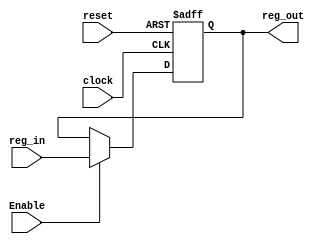
module register_reset (reg_in, reg_out, reset, clock, Enable);

input [31:0] reg_in;
input reset, clock, Enable;
output reg [31:0] reg_out;


parameter DV = 0;

always@(negedge clock, negedge reset)
begin
		if (!reset)
			reg_out <= DV;
			
		else if(Enable)
			reg_out <= reg_in;
		
end
endmodule

module regfile (clock, reset, RegWrite, ReadReg1, ReadReg2, WriteReg, WriteData, ReadData1, ReadData2);

input clock, reset, RegWrite;
input [4:0] ReadReg1, ReadReg2, WriteReg;
input [31:0] WriteData;
output reg [31:0] ReadData1, ReadData2;
wire [31:0] Register_out[31:0];
reg [31:0] decoder_out;
wire [31:0] load;

register_reset #(.DV(0))  R0 (.reset(reset), .reg_in(WriteData), .clock(clock), .Enable(load[0]), .reg_out(Register_out[0]));
register_reset #(.DV(6))  R1 (.reset(reset), .reg_in(WriteData), .clock(clock), .Enable(load[1]), .reg_out(Register_out[1]));
register_reset #(.DV(7))  R2 (.reset(reset), .reg_in(WriteData), .clock(clock), .Enable(load[2]), .reg_out(Register_out[2]));
register_reset #(.DV(8))  R3 (.reset(reset), .reg_in(WriteData), .clock(clock), .Enable(load[3]), .reg_out(Register_out[3]));
register_reset #(.DV(9))  R4 (.reset(reset), .reg_in(WriteData), .clock(clock), .Enable(load[4]), .reg_out(Register_out[4]));
register_reset #(.DV(10))  R5 (.reset(reset), .reg_in(WriteData), .clock(clock), .Enable(load[5]), .reg_out(Register_out[5]));
register_reset #(.DV(11))  R6 (.reset(reset), .reg_in(WriteData), .clock(clock), .Enable(load[6]), .reg_out(Register_out[6]));
register_reset #(.DV(12))  R7 (.reset(reset), .reg_in(WriteData), .clock(clock), .Enable(load[7]), .reg_out(Register_out[7]));
register_reset #(.DV(13))  R8 (.reset(reset), .reg_in(WriteData), .clock(clock), .Enable(load[8]), .reg_out(Register_out[8]));
register_reset #(.DV(14))  R9 (.reset(reset), .reg_in(WriteData), .clock(clock), .Enable(load[9]), .reg_out(Register_out[9]));
register_reset #(.DV(15)) R10(.reset(reset), .reg_in(WriteData), .clock(clock), .Enable(load[10]),.reg_out(Register_out[10]));
register_reset #(.DV(16)) R11(.reset(reset), .reg_in(WriteData), .clock(clock), .Enable(load[11]),.reg_out(Register_out[11]));
register_reset #(.DV(17)) R12(.reset(reset), .reg_in(WriteData), .clock(clock), .Enable(load[12]),.reg_out(Register_out[12]));
register_reset #(.DV(18)) R13(.reset(reset), .reg_in(WriteData), .clock(clock), .Enable(load[13]),.reg_out(Register_out[13]));
register_reset #(.DV(19)) R14(.reset(reset), .reg_in(WriteData), .clock(clock), .Enable(load[14]),.reg_out(Register_out[14]));
register_reset #(.DV(20)) R15(.reset(reset), .reg_in(WriteData), .clock(clock), .Enable(load[15]),.reg_out(Register_out[15]));
register_reset #(.DV(21)) R16(.reset(reset), .reg_in(WriteData), .clock(clock), .Enable(load[16]),.reg_out(Register_out[16]));
register_reset #(.DV(22)) R17(.reset(reset), .reg_in(WriteData), .clock(clock), .Enable(load[17]),.reg_out(Register_out[17]));
register_reset #(.DV(23)) R18(.reset(reset), .reg_in(WriteData), .clock(clock), .Enable(load[18]),.reg_out(Register_out[18]));
register_reset #(.DV(24)) R19(.reset(reset), .reg_in(WriteData), .clock(clock), .Enable(load[19]),.reg_out(Register_out[19]));
register_reset #(.DV(25)) R20(.reset(reset), .reg_in(WriteData), .clock(clock), .Enable(load[20]),.reg_out(Register_out[20]));
register_reset #(.DV(26)) R21(.reset(reset), .reg_in(WriteData), .clock(clock), .Enable(load[21]),.reg_out(Register_out[21]));
register_reset #(.DV(27)) R22(.reset(reset), .reg_in(WriteData), .clock(clock), .Enable(load[22]),.reg_out(Register_out[22]));
register_reset #(.DV(28)) R23(.reset(reset), .reg_in(WriteData), .clock(clock), .Enable(load[23]),.reg_out(Register_out[23]));
register_reset #(.DV(29)) R24(.reset(reset), .reg_in(WriteData), .clock(clock), .Enable(load[24]),.reg_out(Register_out[24]));
register_reset #(.DV(30)) R25(.reset(reset), .reg_in(WriteData), .clock(clock), .Enable(load[25]),.reg_out(Register_out[25]));
register_reset #(.DV(31)) R26(.reset(reset), .reg_in(WriteData), .clock(clock), .Enable(load[26]),.reg_out(Register_out[26]));
register_reset #(.DV(32)) R27(.reset(reset), .reg_in(WriteData), .clock(clock), .Enable(load[27]),.reg_out(Register_out[27]));
register_reset #(.DV(33)) R28(.reset(reset), .reg_in(WriteData), .clock(clock), .Enable(load[28]),.reg_out(Register_out[28]));
register_reset #(.DV(34)) R29(.reset(reset), .reg_in(WriteData), .clock(clock), .Enable(load[29]),.reg_out(Register_out[29]));
register_reset #(.DV(35)) R30(.reset(reset), .reg_in(WriteData), .clock(clock), .Enable(load[30]),.reg_out(Register_out[30]));
register_reset #(.DV(36)) R31(.reset(reset), .reg_in(WriteData), .clock(clock), .Enable(load[31]),.reg_out(Register_out[31]));

always @*
begin
			case (WriteReg)
					  5'h0  : decoder_out = 32'h0000_0001;
					  5'h1  : decoder_out = 32'h0000_0002;
					  5'h2  : decoder_out = 32'h0000_0004;
					  5'h3  : decoder_out = 32'h0000_0008;
					  5'h4  : decoder_out = 32'h0000_0010;
					  5'h5  : decoder_out = 32'h0000_0020;
					  5'h6  : decoder_out = 32'h0000_0040;
					  5'h7  : decoder_out = 32'h0000_0080;
					  5'h8  : decoder_out = 32'h0000_0100;
					  5'h9  : decoder_out = 32'h0000_0200;
					  5'hA  : decoder_out = 32'h0000_0400;
					  5'hB  : decoder_out = 32'h0000_0800;
					  5'hC  : decoder_out = 32'h0000_1000;
					  5'hD  : decoder_out = 32'h0000_2000;
					  5'hE  : decoder_out = 32'h0000_4000;
					  5'hF  : decoder_out = 32'h0000_8000;
					  5'h10 : decoder_out = 32'h0001_0000;
					  5'h11 : decoder_out = 32'h0002_0000;
					  5'h12 : decoder_out = 32'h0004_0000;
					  5'h13 : decoder_out = 32'h0008_0000;
					  5'h14 : decoder_out = 32'h0010_0000;
					  5'h15 : decoder_out = 32'h0020_0000;
					  5'h16 : decoder_out = 32'h0040_0000;
					  5'h17 : decoder_out = 32'h0080_0000;
					  5'h18 : decoder_out = 32'h0100_0000;
					  5'h19 : decoder_out = 32'h0200_0000;
					  5'h1A : decoder_out = 32'h0400_0000;
					  5'h1B : decoder_out = 32'h0800_0000;
					  5'h1C : decoder_out = 32'h1000_0000;
					  5'h1D : decoder_out = 32'h2000_0000;
					  5'h1E : decoder_out = 32'h4000_0000;
					  5'h1F : decoder_out = 32'h8000_0000;
			  endcase
	
end

genvar a;
generate
	for (a=0; a<=31; a=a+1)
	begin
		and(load[a], RegWrite, decoder_out[a]);
	end
endgenerate

always @*
begin

case (ReadReg1)
		5'b00000 : ReadData1 = Register_out[0];  
		5'b00001 : ReadData1 = Register_out[1];
		5'b00010 : ReadData1 = Register_out[2];
		5'b00011 : ReadData1 = Register_out[3];
		5'b00100 : ReadData1 = Register_out[4];
		5'b00101 : ReadData1 = Register_out[5];
		5'b00110 : ReadData1 = Register_out[6];
		5'b00111 : ReadData1 = Register_out[7];
		5'b01000 : ReadData1 = Register_out[8];
		5'b01001 : ReadData1 = Register_out[9];
		5'b01010 : ReadData1 = Register_out[10];
		5'b01011 : ReadData1 = Register_out[11];
		5'b01100 : ReadData1 = Register_out[12];
		5'b01101 : ReadData1 = Register_out[13];
		5'b01110 : ReadData1 = Register_out[14];
		5'b01111 : ReadData1 = Register_out[15];
		5'b10000 : ReadData1 = Register_out[16];
		5'b10001 : ReadData1 = Register_out[17];
		5'b10010 : ReadData1 = Register_out[18];
		5'b10011 : ReadData1 = Register_out[19];
		5'b10100 : ReadData1 = Register_out[20];
		5'b10101 : ReadData1 = Register_out[21];
		5'b10110 : ReadData1 = Register_out[22];
		5'b10111 : ReadData1 = Register_out[23];
		5'b11000 : ReadData1 = Register_out[24];
		5'b11001 : ReadData1 = Register_out[25];
		5'b11010 : ReadData1 = Register_out[26];
		5'b11011 : ReadData1 = Register_out[27];
		5'b11100 : ReadData1 = Register_out[28];
		5'b11101 : ReadData1 = Register_out[29];
		5'b11110 : ReadData1 = Register_out[30];
		5'b11111 : ReadData1 = Register_out[31];
endcase

end

always @*
begin

case (ReadReg2)
		5'b00000 : ReadData2 = Register_out[0]; 
		5'b00001 : ReadData2 = Register_out[1]; 
		5'b00010 : ReadData2 = Register_out[2]; 
		5'b00011 : ReadData2 = Register_out[3]; 
		5'b00100 : ReadData2 = Register_out[4]; 
		5'b00101 : ReadData2 = Register_out[5]; 
		5'b00110 : ReadData2 = Register_out[6]; 
		5'b00111 : ReadData2 = Register_out[7]; 
		5'b01000 : ReadData2 = Register_out[8]; 
		5'b01001 : ReadData2 = Register_out[9]; 
		5'b01010 : ReadData2 = Register_out[10];
		5'b01011 : ReadData2 = Register_out[11];
		5'b01100 : ReadData2 = Register_out[12];
		5'b01101 : ReadData2 = Register_out[13];
		5'b01110 : ReadData2 = Register_out[14];
		5'b01111 : ReadData2 = Register_out[15];
		5'b10000 : ReadData2 = Register_out[16];
		5'b10001 : ReadData2 = Register_out[17];
		5'b10010 : ReadData2 = Register_out[18];
		5'b10011 : ReadData2 = Register_out[19];
		5'b10100 : ReadData2 = Register_out[20];
		5'b10101 : ReadData2 = Register_out[21];
		5'b10110 : ReadData2 = Register_out[22];
		5'b10111 : ReadData2 = Register_out[23];
		5'b11000 : ReadData2 = Register_out[24];
		5'b11001 : ReadData2 = Register_out[25];
		5'b11010 : ReadData2 = Register_out[26];
		5'b11011 : ReadData2 = Register_out[27];
		5'b11100 : ReadData2 = Register_out[28];
		5'b11101 : ReadData2 = Register_out[29];
		5'b11110 : ReadData2 = Register_out[30];
		5'b11111 : ReadData2 = Register_out[31];
endcase
end

endmodule